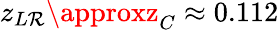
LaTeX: z_{L\mathcal{R}}\approxz_{C}\approx0.112